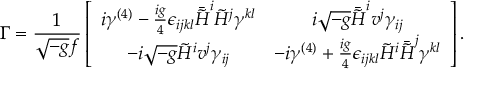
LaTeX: \Gamma = \frac { 1 } { \sqrt { - g } f } \left[ \begin{array} { c c } { { i \gamma ^ { ( 4 ) } - \frac { i g } { 4 } \epsilon _ { i j k l } \bar { \tilde { \cal H } } ^ { i } \tilde { \cal H } ^ { j } \gamma ^ { k l } } } & { { i \sqrt { - g } \bar { \tilde { \cal H } } ^ { i } v ^ { j } \gamma _ { i j } } } \\ { { - i \sqrt { - g } \tilde { \cal H } ^ { i } v ^ { j } \gamma _ { i j } } } & { { - i \gamma ^ { ( 4 ) } + \frac { i g } { 4 } \epsilon _ { i j k l } \tilde { \cal H } ^ { i } \bar { \tilde { \cal H } } ^ { j } \gamma ^ { k l } } } \end{array} \right] .